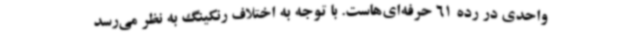
واحدی در رده 61 حرفه‌ای‌هاست. با توجه به اختلاف رنکینگ به نظر می‌رسد